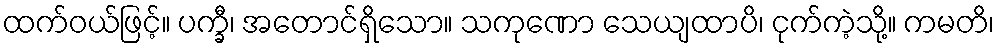
ထက်ဝယ်ဖြင့်။ ပက္ခီ၊ အတောင်ရှိသော။ သကုဏော သေယျထာပိ၊ ငုက်ကဲ့သို့။ ကမတိ၊